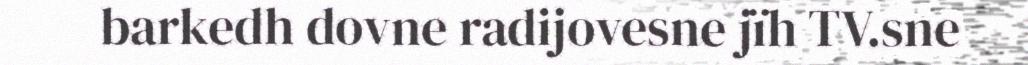
barkedh dovne radijovesne jïh TV.sne